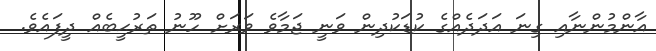
އާންމުންނާއި ގިނަ އަދަދެއްގެ ކުޑަކުދިން ވަނީ ޖަމާވެ ވަރަށް ހޫނު ތަރުޙީބެއް ދީފައެވެ.